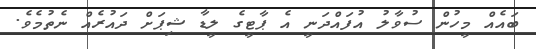
ބައެއް މީހުން ސުވާލު އުފައްދަނީ އެ ޕާޓީގެ ލީޑާ ޝިޕަށް ދައުރެއް ނެތުމެވެ.